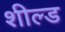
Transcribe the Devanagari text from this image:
शील्‍ड